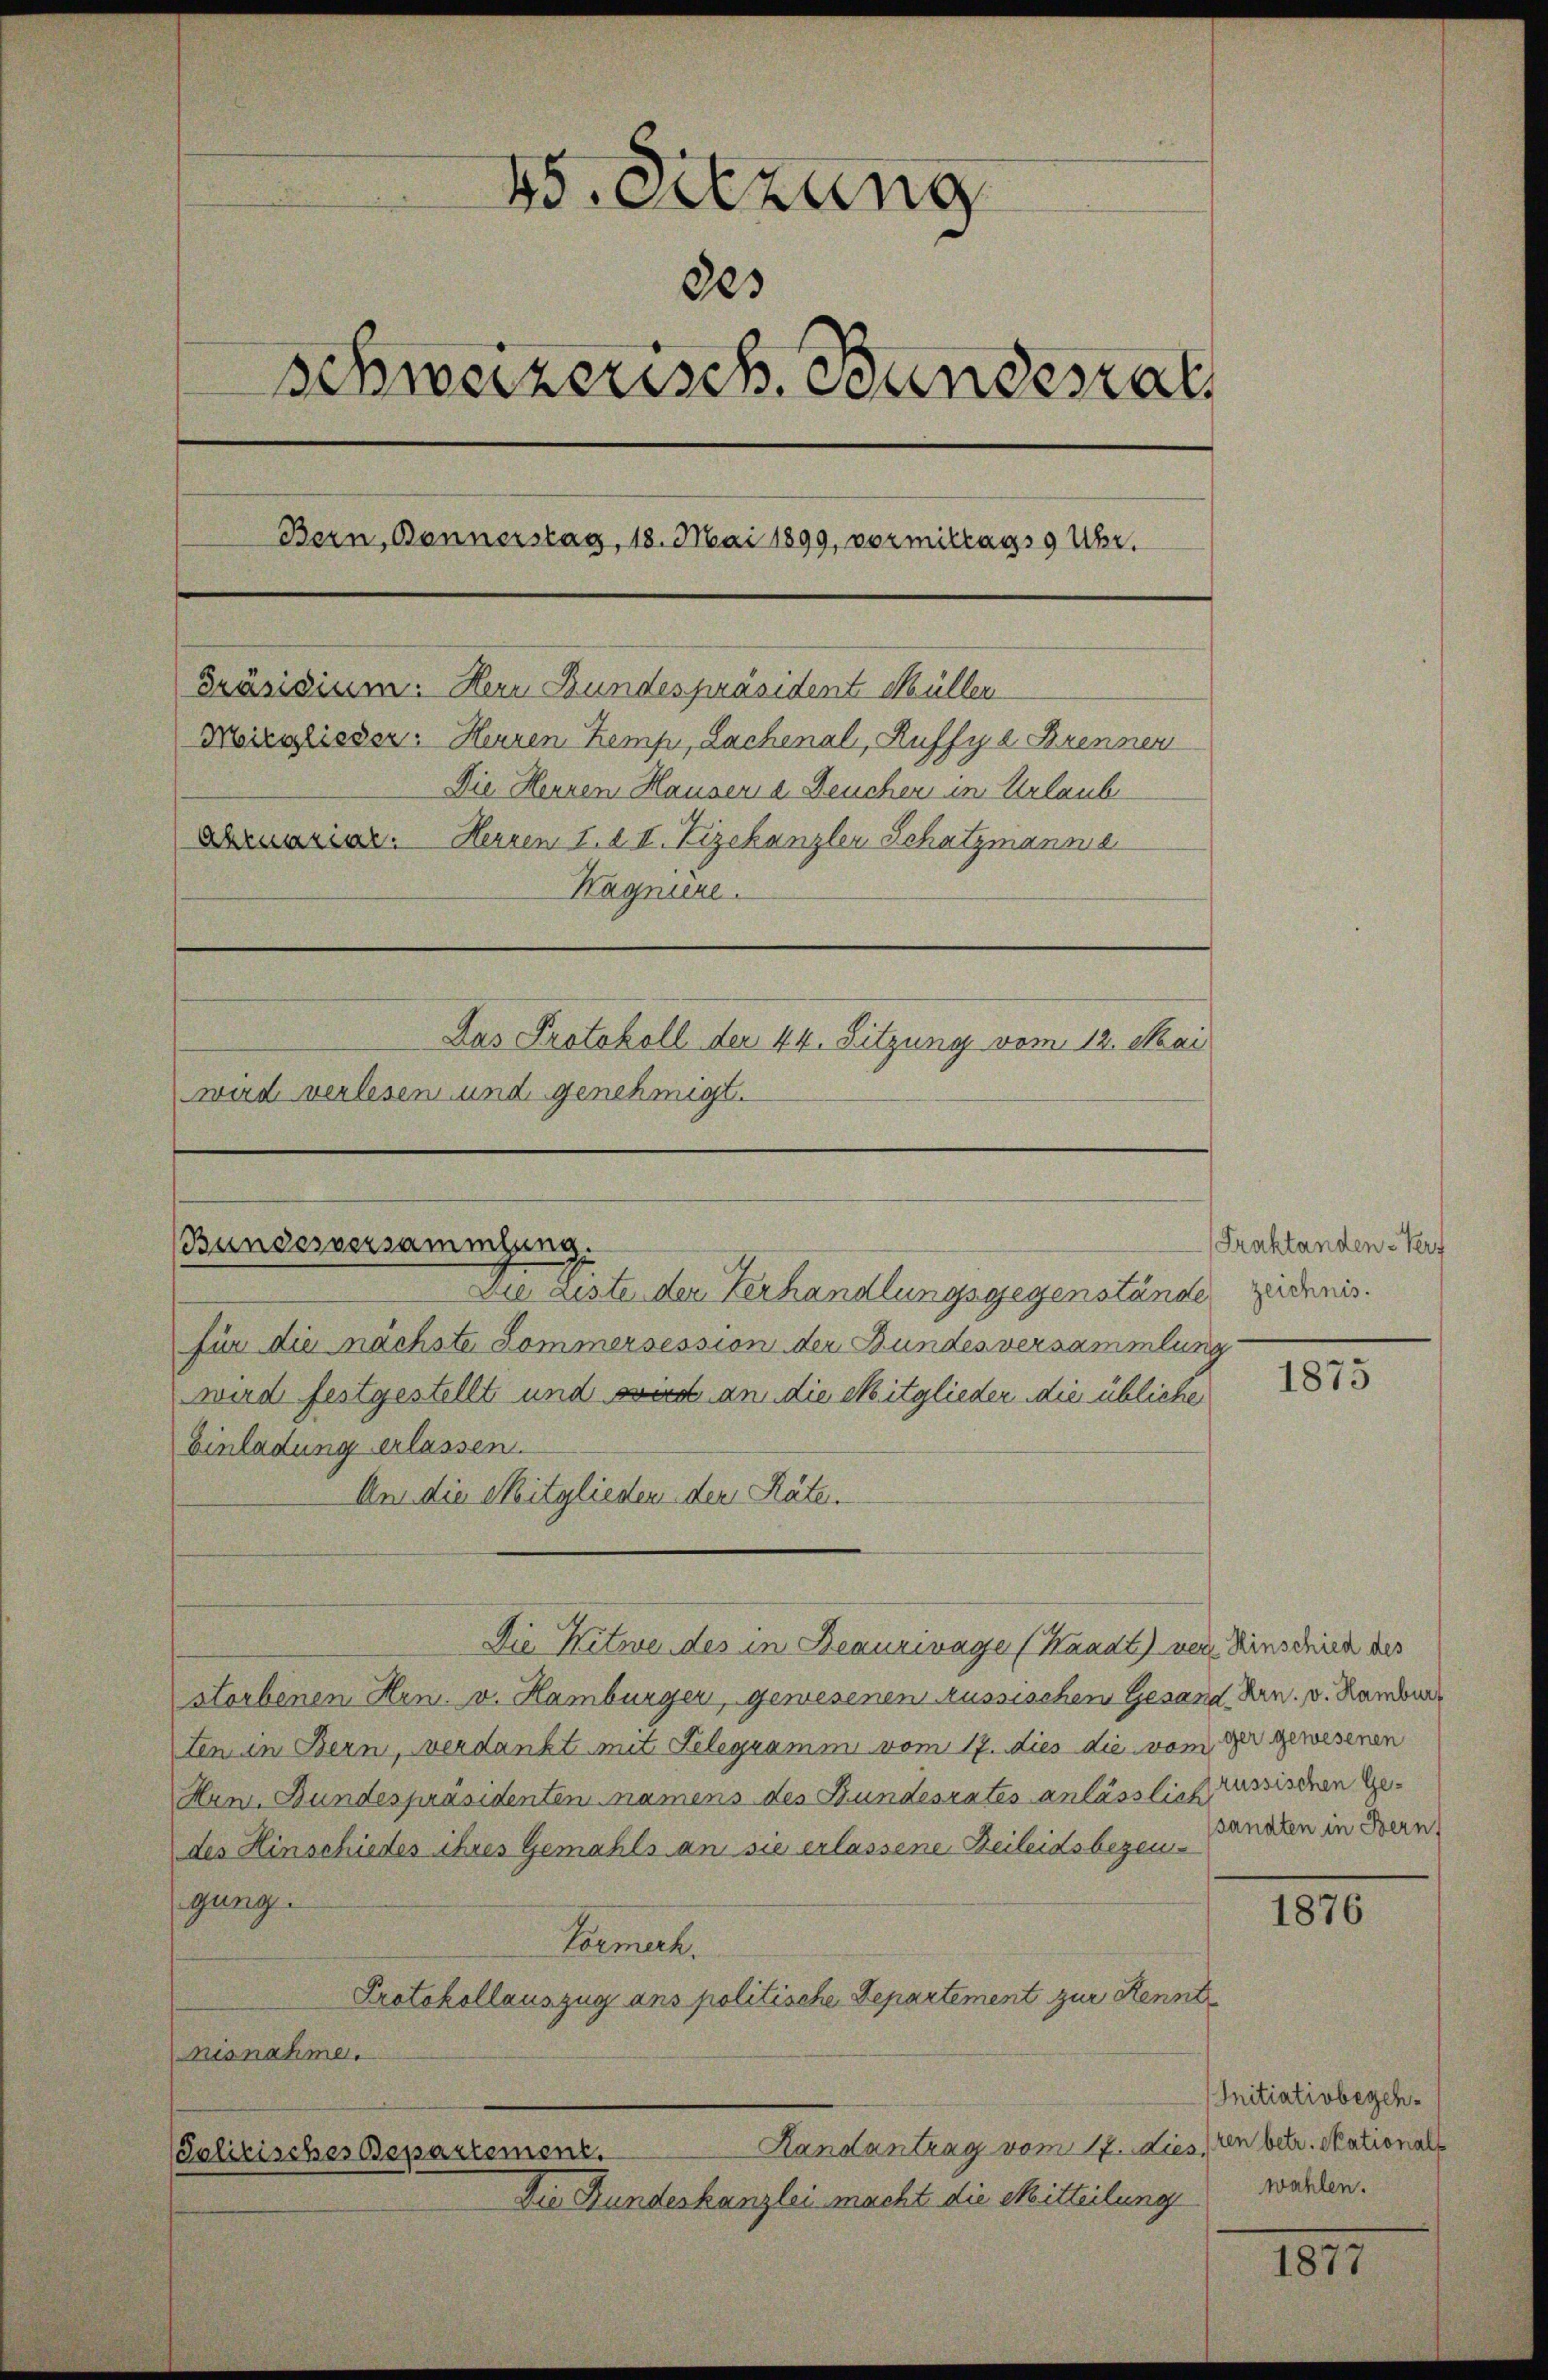
45. Sitzung
des
Schweizerisch. Bandesrat
Bern, Donnerstag, 18. Mai 1899, vormittags 9 Uhr.
Präsidium. Herr Bundespräsident Müller
Moirglisser: Herren Kemp, Lachenal, Ruffy a. Brenner
Die Hennen Hausen a. Deuchen in Urlaub
Ormonier. Herren 1. 2. II. Vizekanzler Schatzmanne
Wagniere.
Das Protokoll der 44. Sitzung vom 12. Mai
wird verlesen und genehmigt.

Bundesversammlung.
Die Liste der Verhandlungsgegenstände

für die nächste Sommersession der Bundes versammlung
wird festgestellt und wird an die Mitglieder die übliche
Einladung erlassen.
Um die Mitglieden den Räten
storbenen Hrn. v. Hamburger, gewesenen russischen Gesand Hrn. v. Hambur
ten in Bern, verdankt mit Telegramm vom 17. dies die vom ger gewesenen
Hrn. Bundespräsidenten namens des Bundesrates anlässlich
des Hinschiedes ihres Gemahls an sie erlassene Beileidsbezeugung.
Laemech.
Protokollauszug ans politische Departement zur Kennt
nisnahme.
Handantrag vom 17. dies, den betr. Skational¬
Solitisches Departement.

Die Witwe des in Beauzivage (Handt neue Einschied des

Die Bundeskanzlei macht die Mitteilung

Fraktanden-Verf
zeichnis.

1875

russischen Gesandten in Bern,

1876

Initiativbegehwahlen.

1817.